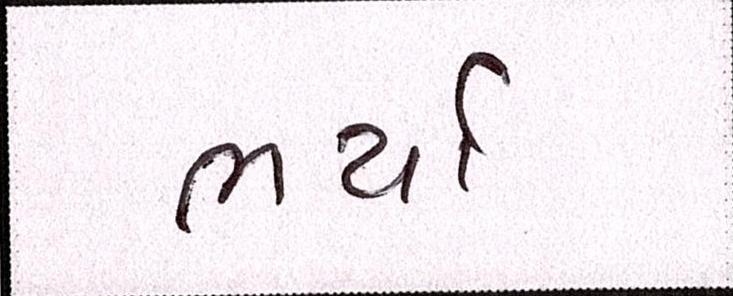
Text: ભર્યો